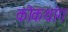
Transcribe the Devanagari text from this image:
कोकथांग